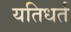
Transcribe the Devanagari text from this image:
यतिधर्त